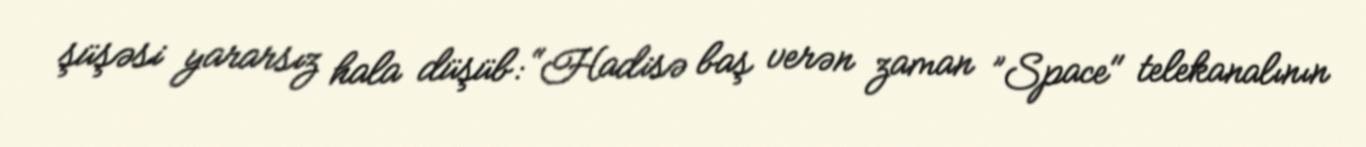
şüşəsi yararsız hala düşüb: “Hadisə baş verən zaman ”Space" telekanalının